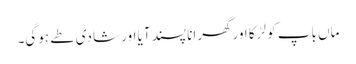
ماں باپ کو لڑکا اورگھرانا پسند آیا اور شادی طے ہوگی۔